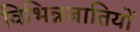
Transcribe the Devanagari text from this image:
विभिन्नजातियों